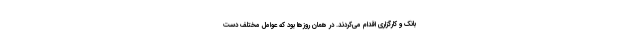
بانک و کارگزاری اقدام می‌کردند. در همان روزها بود که عوامل مختلف دست